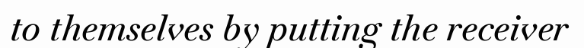
to themselves by putting the receiver